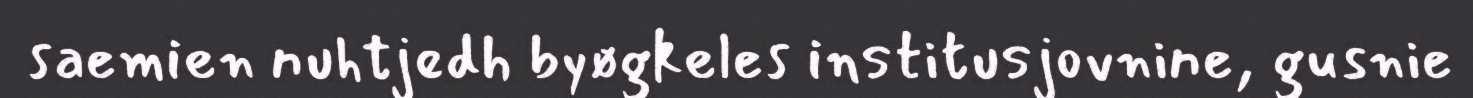
saemien nuhtjedh byøgkeles institusjovnine, gusnie